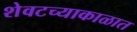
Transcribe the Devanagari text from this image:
शेवटच्याकाळात